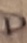
Text: D